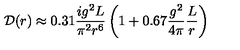
{ \cal D } ( r ) \approx 0 . 3 1 \frac { i g ^ { 2 } L } { \pi ^ { 2 } r ^ { 6 } } \left( 1 + 0 . 6 7 \frac { g ^ { 2 } } { 4 \pi } \frac { L } { r } \right)